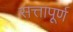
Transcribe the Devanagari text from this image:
सत्तापूर्ण